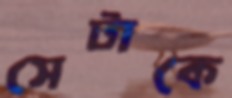
সেটাকে